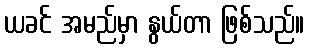
ယခင် အမည်မှာ နွယ်တာ ဖြစ်သည်။